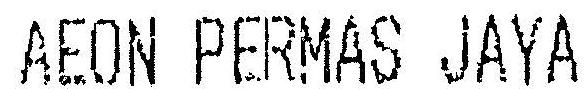
AEON PERMAS JAYA